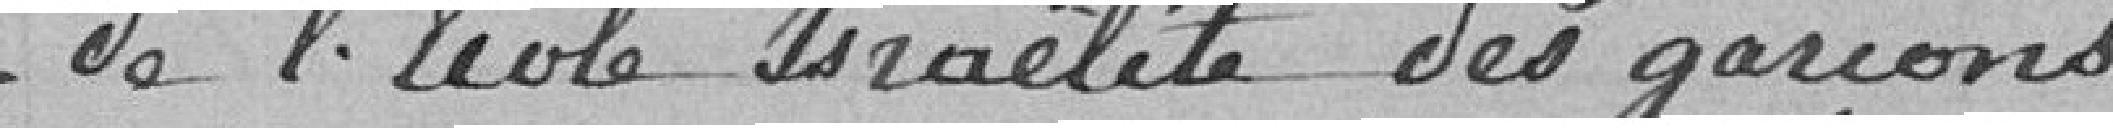
de l'école Israélite des garçons